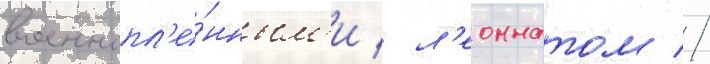
военнопл'е́нным'и / л'еоннатом //